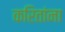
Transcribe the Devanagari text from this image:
करितांना